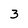
Character: 3